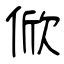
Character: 俽